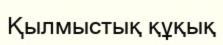
Қылмыстық құқық